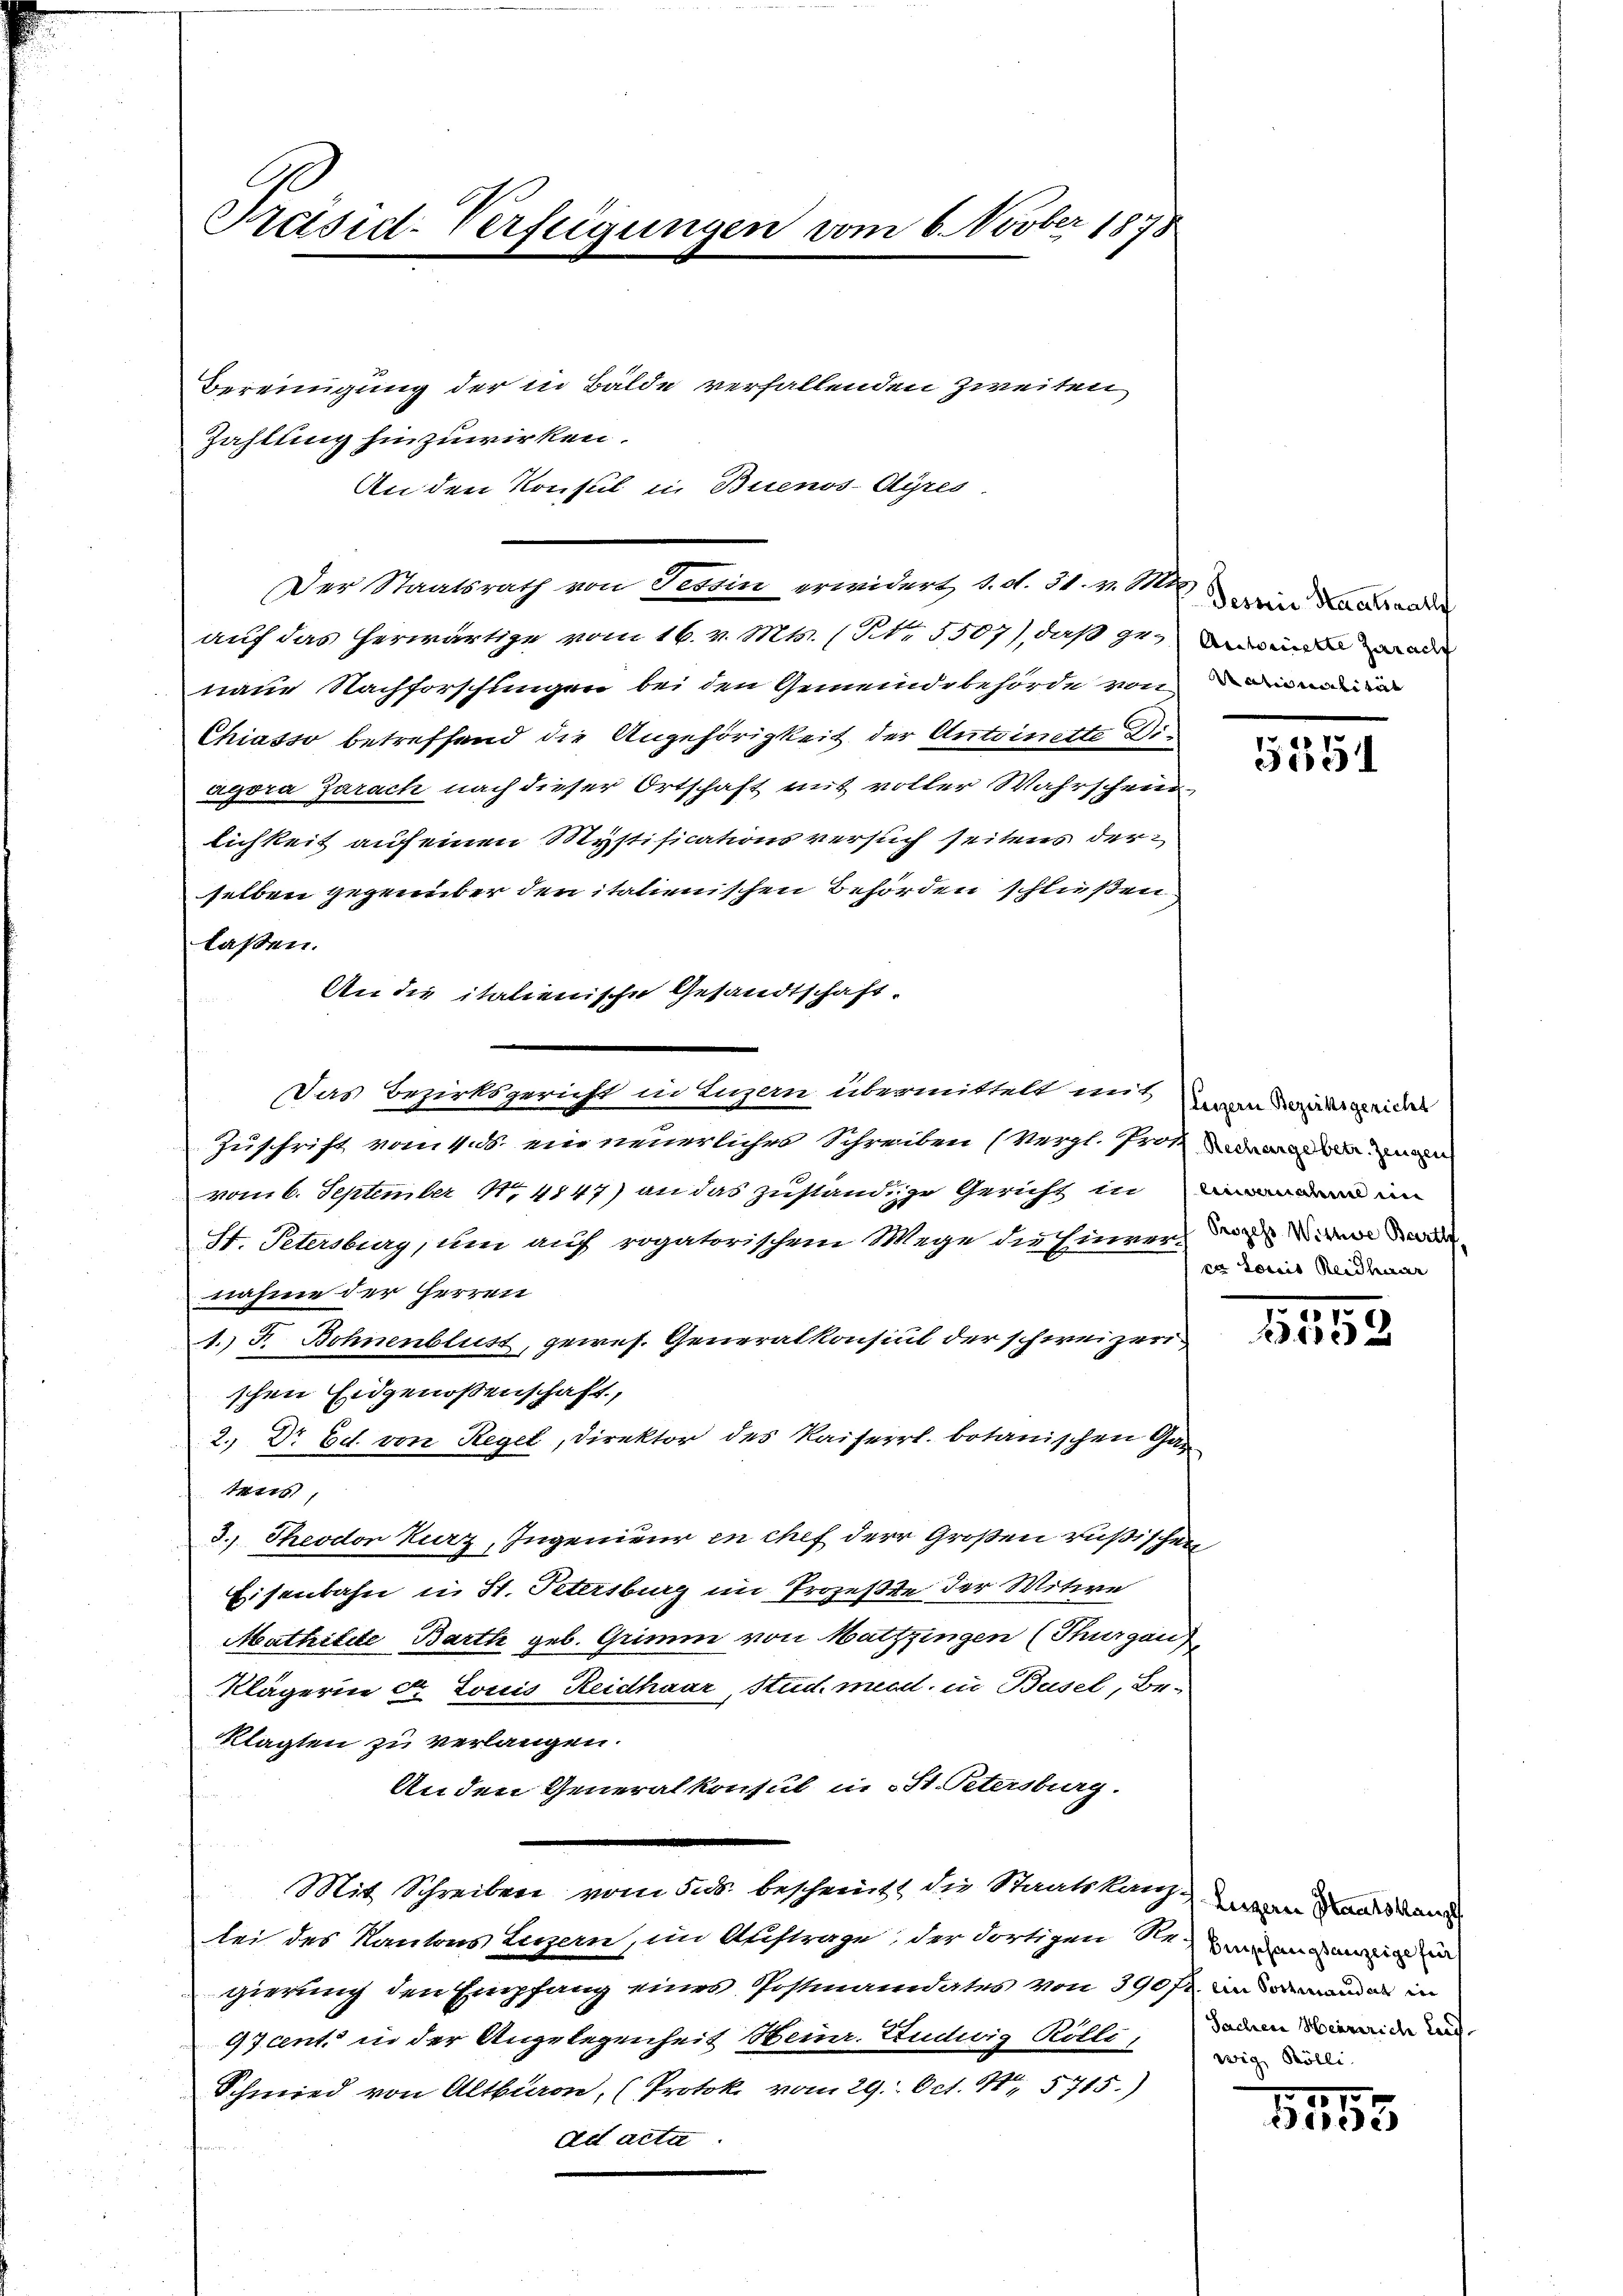
Präsid-Verfügungen vom 6. Novber 1878
Bereinigung der in Bälde verfallenden Zweiten
Zahlung hinzuwirken.

An den Konsul in Buenos-Ayres
auf das herwärtige vom 16. v. Mts. (Ptr 5507), daß genade
naue Nachforschungen bei den Gemeindebehörde von mi
Chiasso betreffend die Angehörigkeit der Antoinette Diagora Zarach nach dieser Ortschaft mit voller Wahrschein
lichkeit auf einen Mystificationsversuch seitens derselben gegenüber den italienischen Behörden schließen.
laßen.
An die italienische Gesandtschaft.
DDas Bezirksgericht in Luzern, übermittelt mit den andergleidel
Zuschrift vom 1. ds. ein neuerliches Schreiben (Vergl. Prot
vom 6. September 1.4147) an das zuständige Gericht innen
St. Petersburg, um auf rogatorischem Wege die Einverwal
nahme der Herren
A. F. Bohnenblust, gewes. Generalkonsul der schweizeri
schen Eidgenossenschaft,
2. Dr Ed. von Regel, Direktor des Kaiserrl. botanischen Gan
tens,
3.) Theodor Kurz, Ingenieur in chef der Großen rußischen
Eisenbahn in St. Petersburg im Prozeßte der Witwe
Mathitete Barth geb. Grimm von Mattzingen (Thurgau,
Klägerin der Louis Reidhaar, Stud. med. in Busel, Bei
klagten zu verlangen.
Anden Generalkonsul in St. Petersburg.
Mit Schreiben vom 308. bescheint, die Staatskanzen Kandidan
lei des Kantons Luzern, im Auftrage, der dortigen Remung an
gierung den Empfang eines Postmandates von 390 fr. an demanden in
97cent in der Angelegenheit Heinr. Ludwig Rolle, danide und
Schmied von Altburon, (Protok. vom 29. Oct. 15715.)
ad acta

Der Staatsrath von Tessin erwidert 1. d. 31. v. 110 wir das ander

5354

ca Louis Reidhaar

2.10.
0 f 30 x

wig Kölli

1575
353